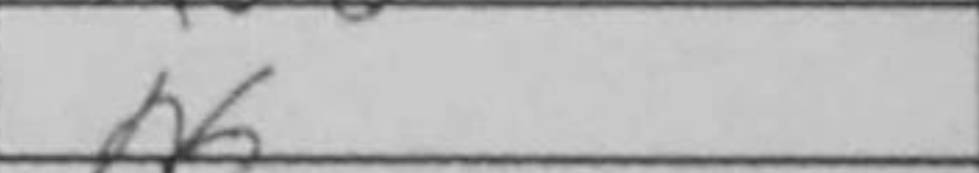
Transcription: h6